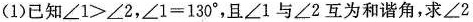
(1)已知$$\angle 1>\angle 2$$，$$\angle 1=130^{\circ}$$，且\angle 1与\angle 2互为和谐角，求\angle 2